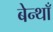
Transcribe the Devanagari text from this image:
बेन्थाँ